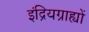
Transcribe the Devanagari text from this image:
इंद्रियग्राह्यों